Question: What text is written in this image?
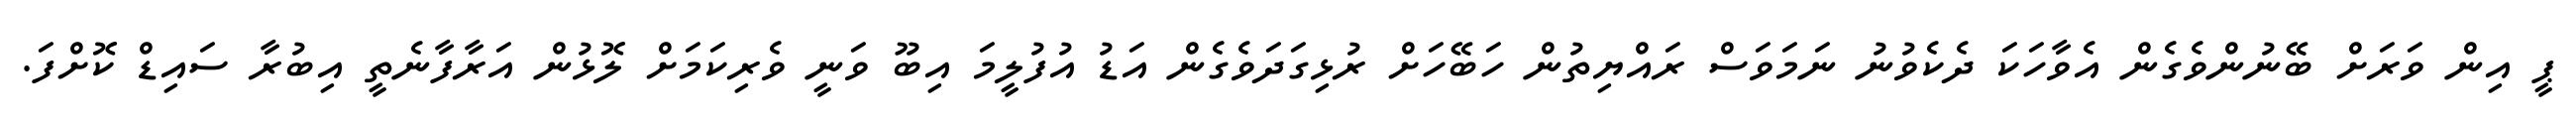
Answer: ޕީ އިން ވަރަށް ބޭނުންވެގެން އެވާހަކަ ދެކެވުނު ނަމަވަސް ރައްޔިތުން ހަބޭހަށް ރުޅިގަދަވެގެން އަޑު އުފުލީމަ އިބޫ ވަނީ ވެރިކަމަށް ލޮޅުން އަރާފާނެތީ އިބުރާ ސައިޑް ކޮށްފަ.